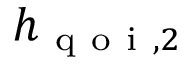
h _ { \mathrm { ~ q ~ o ~ i ~ } , 2 }